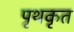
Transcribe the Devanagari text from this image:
पृथकृत